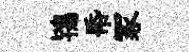
鴇帋冢